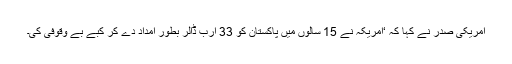
امریکی صدر نے کہا کہ ‘امریکہ نے 15 سالوں میں پاکستان کو 33 ارب ڈالر بطور امداد دے کر کبے بے وقوفی کی۔